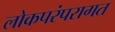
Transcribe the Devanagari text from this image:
लोकपरंपरागत